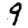
Digit: 9